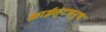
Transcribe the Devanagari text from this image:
क्राईस्टचर्च